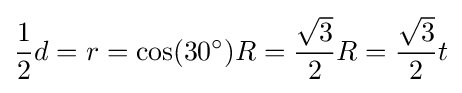
{\frac {1}{2}}d=r=\cos(30^{\circ })R={\frac {\sqrt {3}}{2}}R={\frac {\sqrt {3}}{2}}t